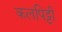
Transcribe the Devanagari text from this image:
कलपिट्टी